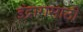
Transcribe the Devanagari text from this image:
इंद्रारासाठी